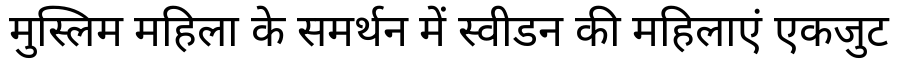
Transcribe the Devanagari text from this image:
मुस्लिम महिला के समर्थन में स्वीडन की महिलाएं एकजुट